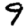
Digit: 9